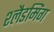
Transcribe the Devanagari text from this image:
श्लैडमिंग